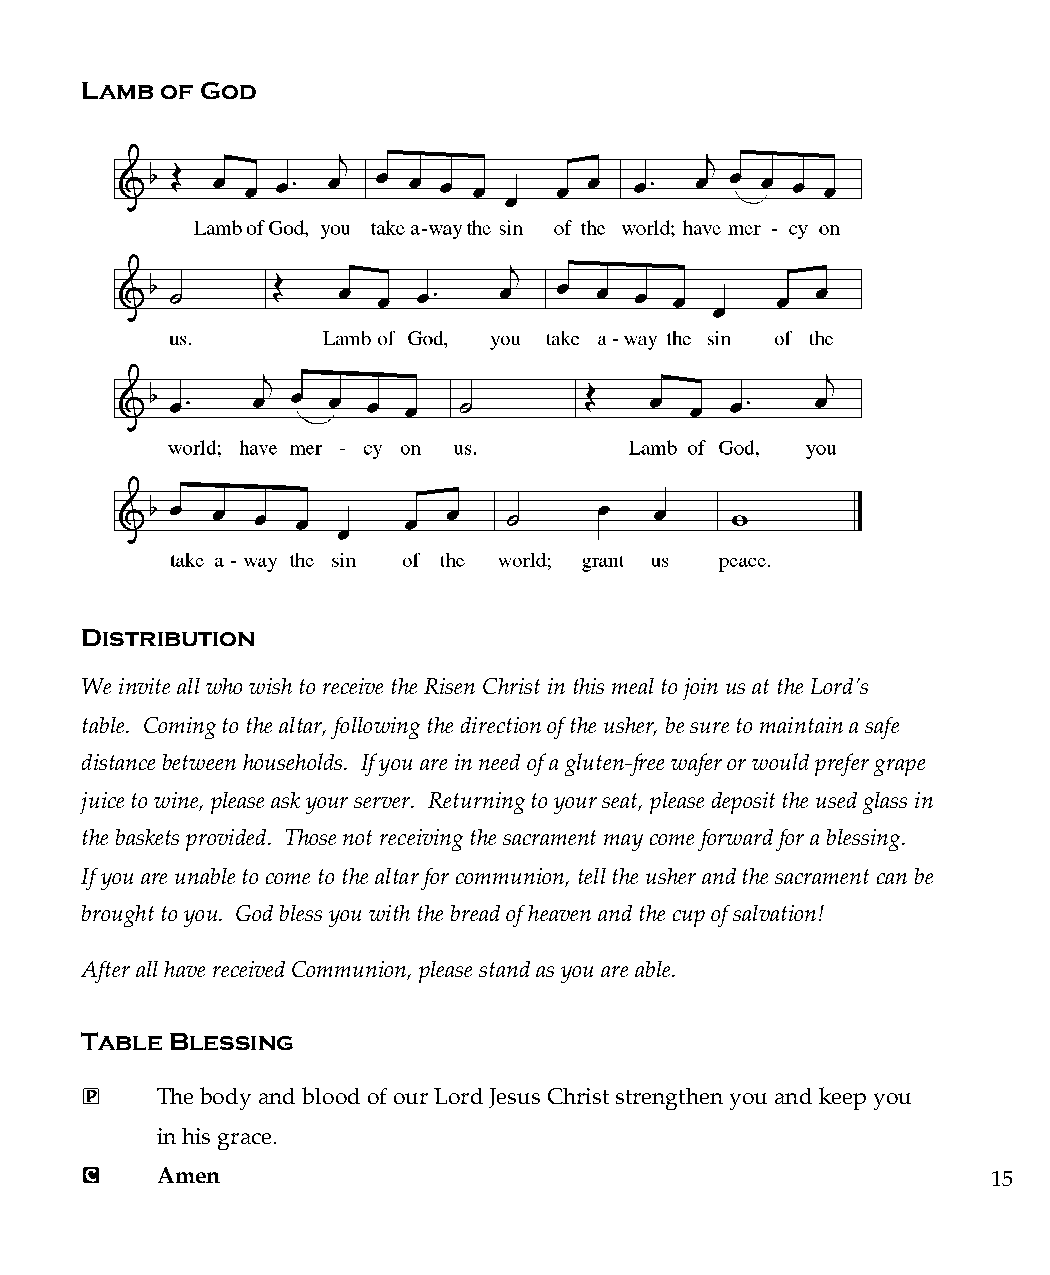
Lamb  of God
 Distribution
 We invite all who wish to receive the Risen Christ in this meal to join us at the Lord’s
 table. Coming to the altar, following the direction of the usher, be sure to maintain a safe
 distance between households. If you are in need of a gluten-free wafer or would prefer grape
 juice to wine, please ask your server. Returning to your seat, please deposit the used glass in
 the baskets provided. Those not receiving the sacrament may come forward for a blessing.
 If you are unable to come to the altar for communion, tell the usher and the sacrament can be
 brought to you. God bless you with the bread of heaven and the cup of salvation!
 After all have received Communion, please stand as you are able.
 Table Blessing
 P    The body and blood of our Lord Jesus Christ strengthen you and keep you
 in his grace.
 C    Amen                                                    15